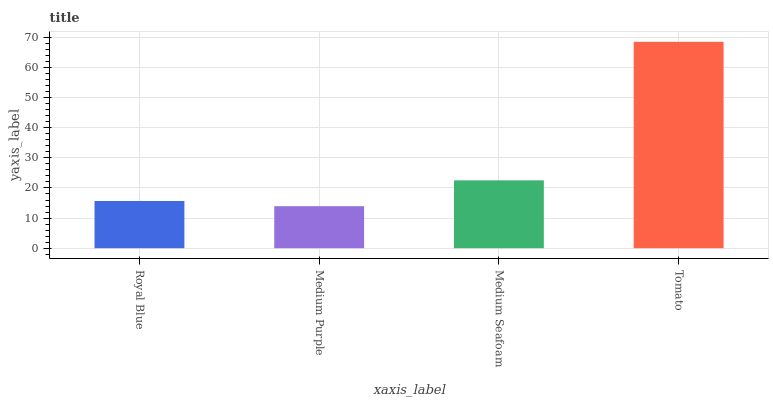
| xaxis_label | bars |
 | --- | --- |
 | Royal Blue | 15.7 |
 | Medium Purple | 13.9 |
 | Medium Seafoam | 22.5 |
 | Tomato | 68.5 |